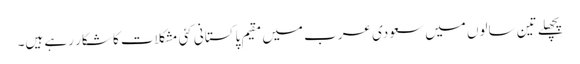
پچھلے تین سالوں میں سعودی عرب میں مقیم پاکستانی کئی مشکلات کا شکار رہے ہیں۔